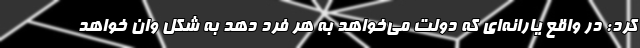
کرد: در واقع یارانه‌ای که دولت می‌خواهد به هر فرد دهد به شکل وان خواهد